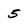
Character: 5